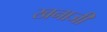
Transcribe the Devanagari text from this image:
खनाजी